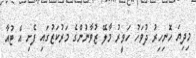
މިދިޔަ ހޮނިހިރު ދުވަހު ހަވީރު މާލޭ ޒުވާނުންގެ މަރުކަޒުގައި ފެށި އެ ޓުއާ